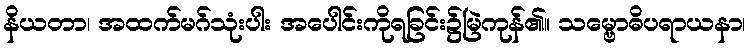
နိယတာ၊ အထက်မဂ်သုံးပါး အပေါင်းကိုရခြင်း၌မြဲကုန်၏။ သမ္ဗောဓိပရာယနာ၊